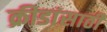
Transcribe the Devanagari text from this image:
क्रीडांसाठी